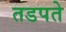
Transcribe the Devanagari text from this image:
तडपते